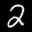
Label: 2